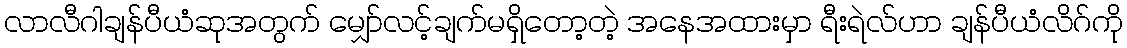
လာလီဂါချန်ပီယံဆုအတွက် မျှော်လင့်ချက်မရှိတော့တဲ့ အနေအထားမှာ ရီးရဲလ်ဟာ ချန်ပီယံလိဂ်ကို